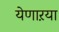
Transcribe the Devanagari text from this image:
येणाऱया